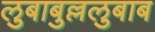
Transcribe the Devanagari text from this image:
लुबाबुल्ललुबाब